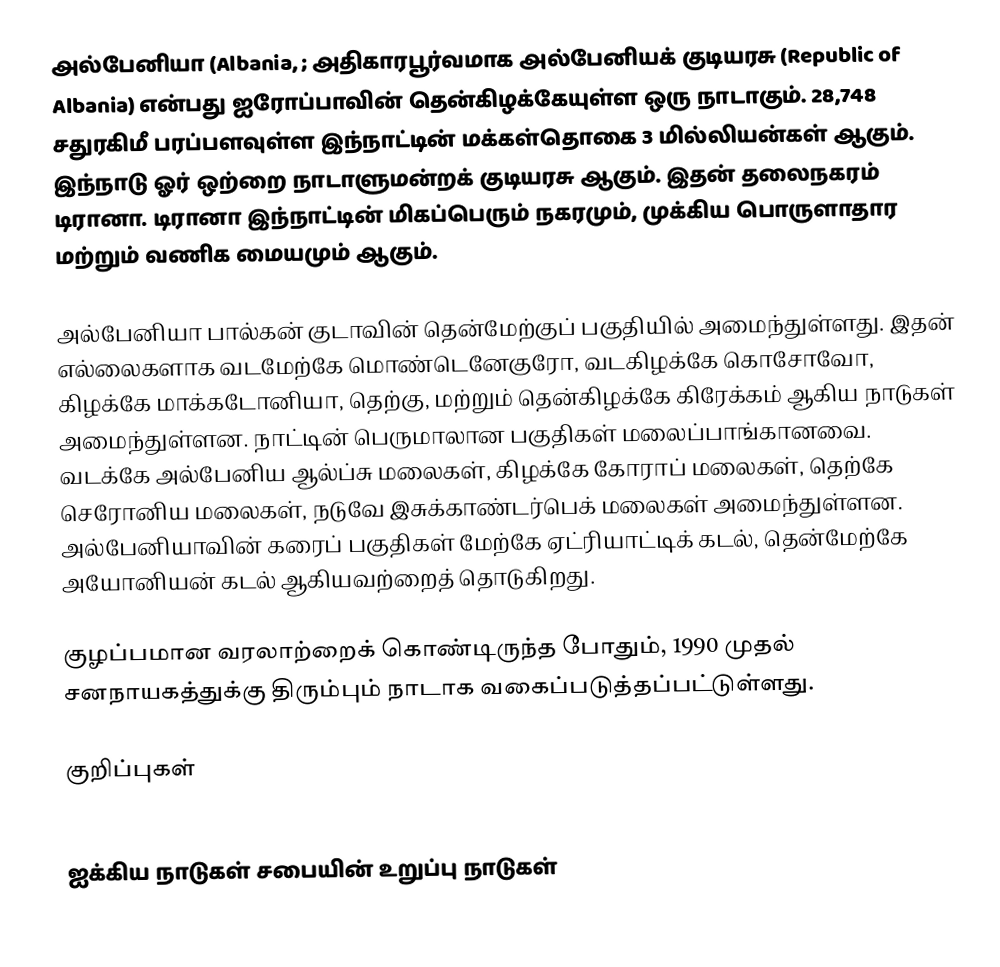
அல்பேனியா (Albania,  ;  அதிகாரபூர்வமாக அல்பேனியக் குடியரசு (Republic of Albania) என்பது ஐரோப்பாவின் தென்கிழக்கேயுள்ள ஒரு நாடாகும். 28,748 சதுரகிமீ பரப்பளவுள்ள இந்நாட்டின் மக்கள்தொகை 3 மில்லியன்கள்  ஆகும். இந்நாடு ஓர் ஒற்றை நாடாளுமன்றக் குடியரசு ஆகும். இதன் தலைநகரம் டிரானா. டிரானா இந்நாட்டின் மிகப்பெரும் நகரமும், முக்கிய பொருளாதார மற்றும் வணிக மையமும் ஆகும்.

அல்பேனியா பால்கன் குடாவின் தென்மேற்குப் பகுதியில் அமைந்துள்ளது. இதன் எல்லைகளாக வடமேற்கே மொண்டெனேகுரோ, வடகிழக்கே கொசோவோ, கிழக்கே மாக்கடோனியா, தெற்கு, மற்றும் தென்கிழக்கே கிரேக்கம் ஆகிய நாடுகள் அமைந்துள்ளன. நாட்டின் பெருமாலான பகுதிகள் மலைப்பாங்கானவை. வடக்கே அல்பேனிய ஆல்ப்சு மலைகள், கிழக்கே கோராப் மலைகள், தெற்கே செரோனிய மலைகள், நடுவே இசுக்காண்டர்பெக் மலைகள் அமைந்துள்ளன. அல்பேனியாவின்  கரைப் பகுதிகள் மேற்கே ஏட்ரியாட்டிக் கடல், தென்மேற்கே அயோனியன் கடல் ஆகியவற்றைத் தொடுகிறது.

குழப்பமான வரலாற்றைக் கொண்டிருந்த போதும், 1990 முதல் சனநாயகத்துக்கு திரும்பும் நாடாக வகைப்படுத்தப்பட்டுள்ளது.

குறிப்புகள்

ஐக்கிய நாடுகள் சபையின் உறுப்பு நாடுகள்